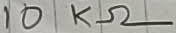
Text: 10KΩ